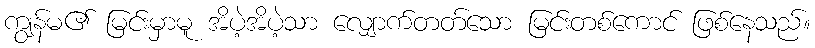
ကျွန်မ၏ မြင်းမှာမူ အိပဲ့အိပဲ့သာ လျှောက်တတ်သော မြင်းတစ်ကောင် ဖြစ်နေသည်။